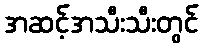
အဆင့်အသီးသီးတွင်